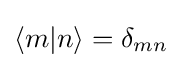
\langle m|n\rangle =\delta _{mn}